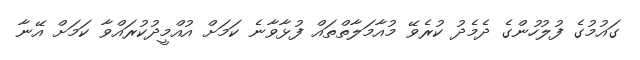
ގައުމުގެ ފުލުހުންގެ ދެމެދު ކުރެވޭ މުއާމަލާތްތައް ފުޅާވާނެ ކަމަށް އުއްމީދުކުރައްވާ ކަމަށް އޭނާ